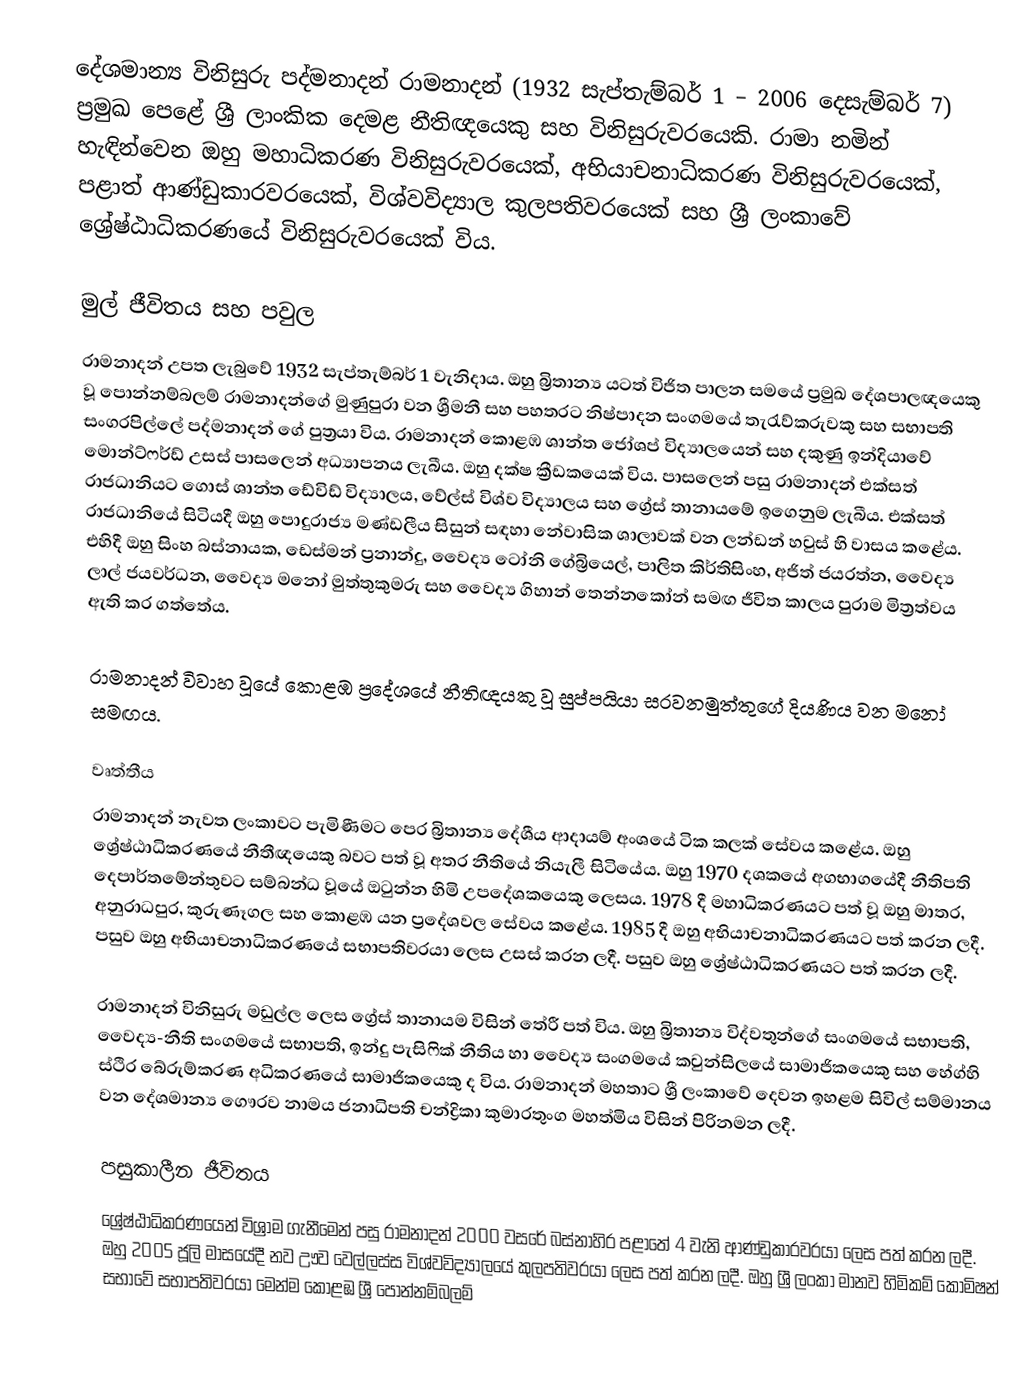
දේශමාන්‍ය විනිසුරු පද්මනාදන් රාමනාදන් (1932 සැප්තැම්බර් 1 – 2006 දෙසැම්බර් 7) ප්‍රමුඛ පෙළේ ශ්‍රී ලාංකික දෙමළ නීතිඥයෙකු සහ විනිසුරුවරයෙකි. රාමා නමින් හැඳින්වෙන ඔහු මහාධිකරණ විනිසුරුවරයෙක්, අභියාචනාධිකරණ විනිසුරුවරයෙක්, පළාත් ආණ්ඩුකාරවරයෙක්, විශ්වවිද්‍යාල කුලපතිවරයෙක් සහ ශ්‍රී ලංකාවේ ශ්‍රේෂ්ඨාධිකරණයේ විනිසුරුවරයෙක් විය.

මුල් ජීවිතය සහ පවුල
රාමනාදන් උපත ලැබුවේ 1932 සැප්තැම්බර් 1 වැනිදාය. ඔහු බ්‍රිතාන්‍ය යටත් විජිත පාලන සමයේ ප්‍රමුඛ දේශපාලඥයෙකු වූ පොන්නම්බලම් රාමනාදන්ගේ මුණුපුරා වන ශ්‍රීමනී සහ පහතරට නිෂ්පාදන සංගමයේ තැරැව්කරුවකු සහ සභාපති සංගරපිල්ලේ පද්මනාදන් ගේ පුත්‍රයා විය. රාමනාදන් කොළඹ ශාන්ත ජෝශප් විද්‍යාලයෙන් සහ දකුණු ඉන්දියාවේ මොන්ට්ෆර්ඩ් උසස් පාසලෙන් අධ්‍යාපනය ලැබීය. ඔහු දක්ෂ ක්‍රීඩකයෙක් විය. පාසලෙන් පසු රාමනාදන් එක්සත් රාජධානියට ගොස් ශාන්ත ඩේවිඩ් විද්‍යාලය, වේල්ස් විශ්ව විද්‍යාලය සහ ග්‍රේස් තානායමේ ඉගෙනුම ලැබීය. එක්සත් රාජධානියේ සිටියදී ඔහු පොදුරාජ්‍ය මණ්ඩලීය සිසුන් සඳහා නේවාසික ශාලාවක් වන ලන්ඩන් හවුස් හි වාසය කළේය. එහිදී ඔහු සිංහ බස්නායක, ඩෙස්මන් ප්‍රනාන්දු, වෛද්‍ය ටෝනි ගේබ්‍රියෙල්, පාලිත කිර්තිසිංහ, අජිත් ජයරත්න, වෛද්‍ය ලාල් ජයවර්ධන, වෛද්‍ය මනෝ මුත්තුකුමරු සහ වෛද්‍ය ගිහාන් තෙන්නකෝන් සමඟ ජීවිත කාලය පුරාම මිත්‍රත්වය ඇති කර ගත්තේය.

රාමනාදන් විවාහ වූයේ කොළඹ ප්‍රදේශයේ නීතිඥයකු වූ සුප්පයියා සරවනමුත්තුගේ දියණිය වන මනෝ සමඟය.

වෘත්තීය
රාමනාදන් නැවත ලංකාවට පැමිණීමට පෙර බ්‍රිතාන්‍ය දේශීය ආදායම් අංශයේ ටික කලක් සේවය කළේය. ඔහු ශ්‍රේෂ්ඨාධිකරණයේ නීතීඥයෙකු බවට පත් වූ අතර නීතියේ නියැලී සිටියේය. ඔහු 1970 දශකයේ අගභාගයේදී නීතිපති දෙපාර්තමේන්තුවට සම්බන්ධ වූයේ ඔටුන්න හිමි උපදේශකයෙකු ලෙසය. 1978 දී මහාධිකරණයට පත් වූ ඔහු මාතර, අනුරාධපුර, කුරුණෑගල සහ කොළඹ යන ප්‍රදේශවල සේවය කළේය. 1985 දී ඔහු අභියාචනාධිකරණයට පත් කරන ලදී. පසුව ඔහු අභියාචනාධිකරණයේ සභාපතිවරයා ලෙස උසස් කරන ලදී. පසුව ඔහු ශ්‍රේෂ්ඨාධිකරණයට පත් කරන ලදී.

රාමනාදන් විනිසුරු මඩුල්ල ලෙස ග්‍රේස් තානායම විසින් තේරී පත් විය. ඔහු බ්‍රිතාන්‍ය විද්වතුන්ගේ සංගමයේ සභාපති, වෛද්‍ය-නීති සංගමයේ සභාපති, ඉන්දු පැසිෆික් නීතිය හා වෛද්‍ය සංගමයේ කවුන්සිලයේ සාමාජිකයෙකු සහ හේග්හි ස්ථිර බේරුම්කරණ අධිකරණයේ සාමාජිකයෙකු ද විය. රාමනාදන් මහතාට ශ්‍රී ලංකාවේ දෙවන ඉහළම සිවිල් සම්මානය වන දේශමාන්‍ය ගෞරව නාමය ජනාධිපති චන්ද්‍රිකා කුමාරතුංග මහත්මිය විසින් පිරිනමන ලදී.

පසුකාලීන ජීවිතය
ශ්‍රේෂ්ඨාධිකරණයෙන් විශ්‍රාම ගැනීමෙන් පසු රාමනාදන් 2000 වසරේ බස්නාහිර පළාතේ 4 වැනි ආණ්ඩුකාරවරයා ලෙස පත් කරන ලදී. ඔහු 2005 ජූලි මාසයේදී නව ඌව වෙල්ලස්ස විශ්වවිද්‍යාලයේ කුලපතිවරයා ලෙස පත් කරන ලදී. ඔහු ශ්‍රී ලංකා මානව හිමිකම් කොමිෂන් සභාවේ සභාපතිවරයා මෙන්ම කොළඹ ශ්‍රී පොන්නම්බලම්